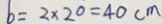
b = 2 \times 2 0 = 4 0 c m